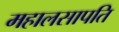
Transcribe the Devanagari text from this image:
महालसापति